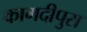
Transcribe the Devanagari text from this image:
कागदीपुरा